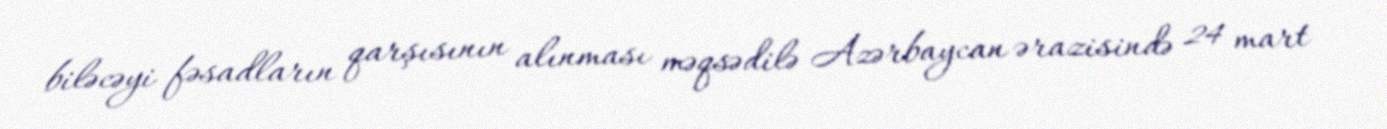
biləcəyi fəsadların qarşısının alınması məqsədilə Azərbaycan ərazisində 24 mart